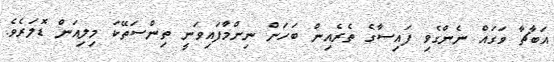
އަބާޗާ ވަގައް ނެންގެވި ފައިސާގެ ތެރެއިން ބަހަން ނިންމާފައިވަނީ ތިންސަތޭކަ މިލިއަން ޑޮލަރެވެ.